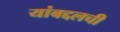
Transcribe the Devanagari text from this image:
यांबद्दलची